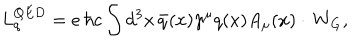
LaTeX: L _ { q } ^ { Q E D } = e \, \hbar c \int d ^ { 3 } x \, \bar { q } ( x ) \gamma ^ { \mu } q ( x ) A _ { \mu } ( x ) \cdot \, W _ { G } ,